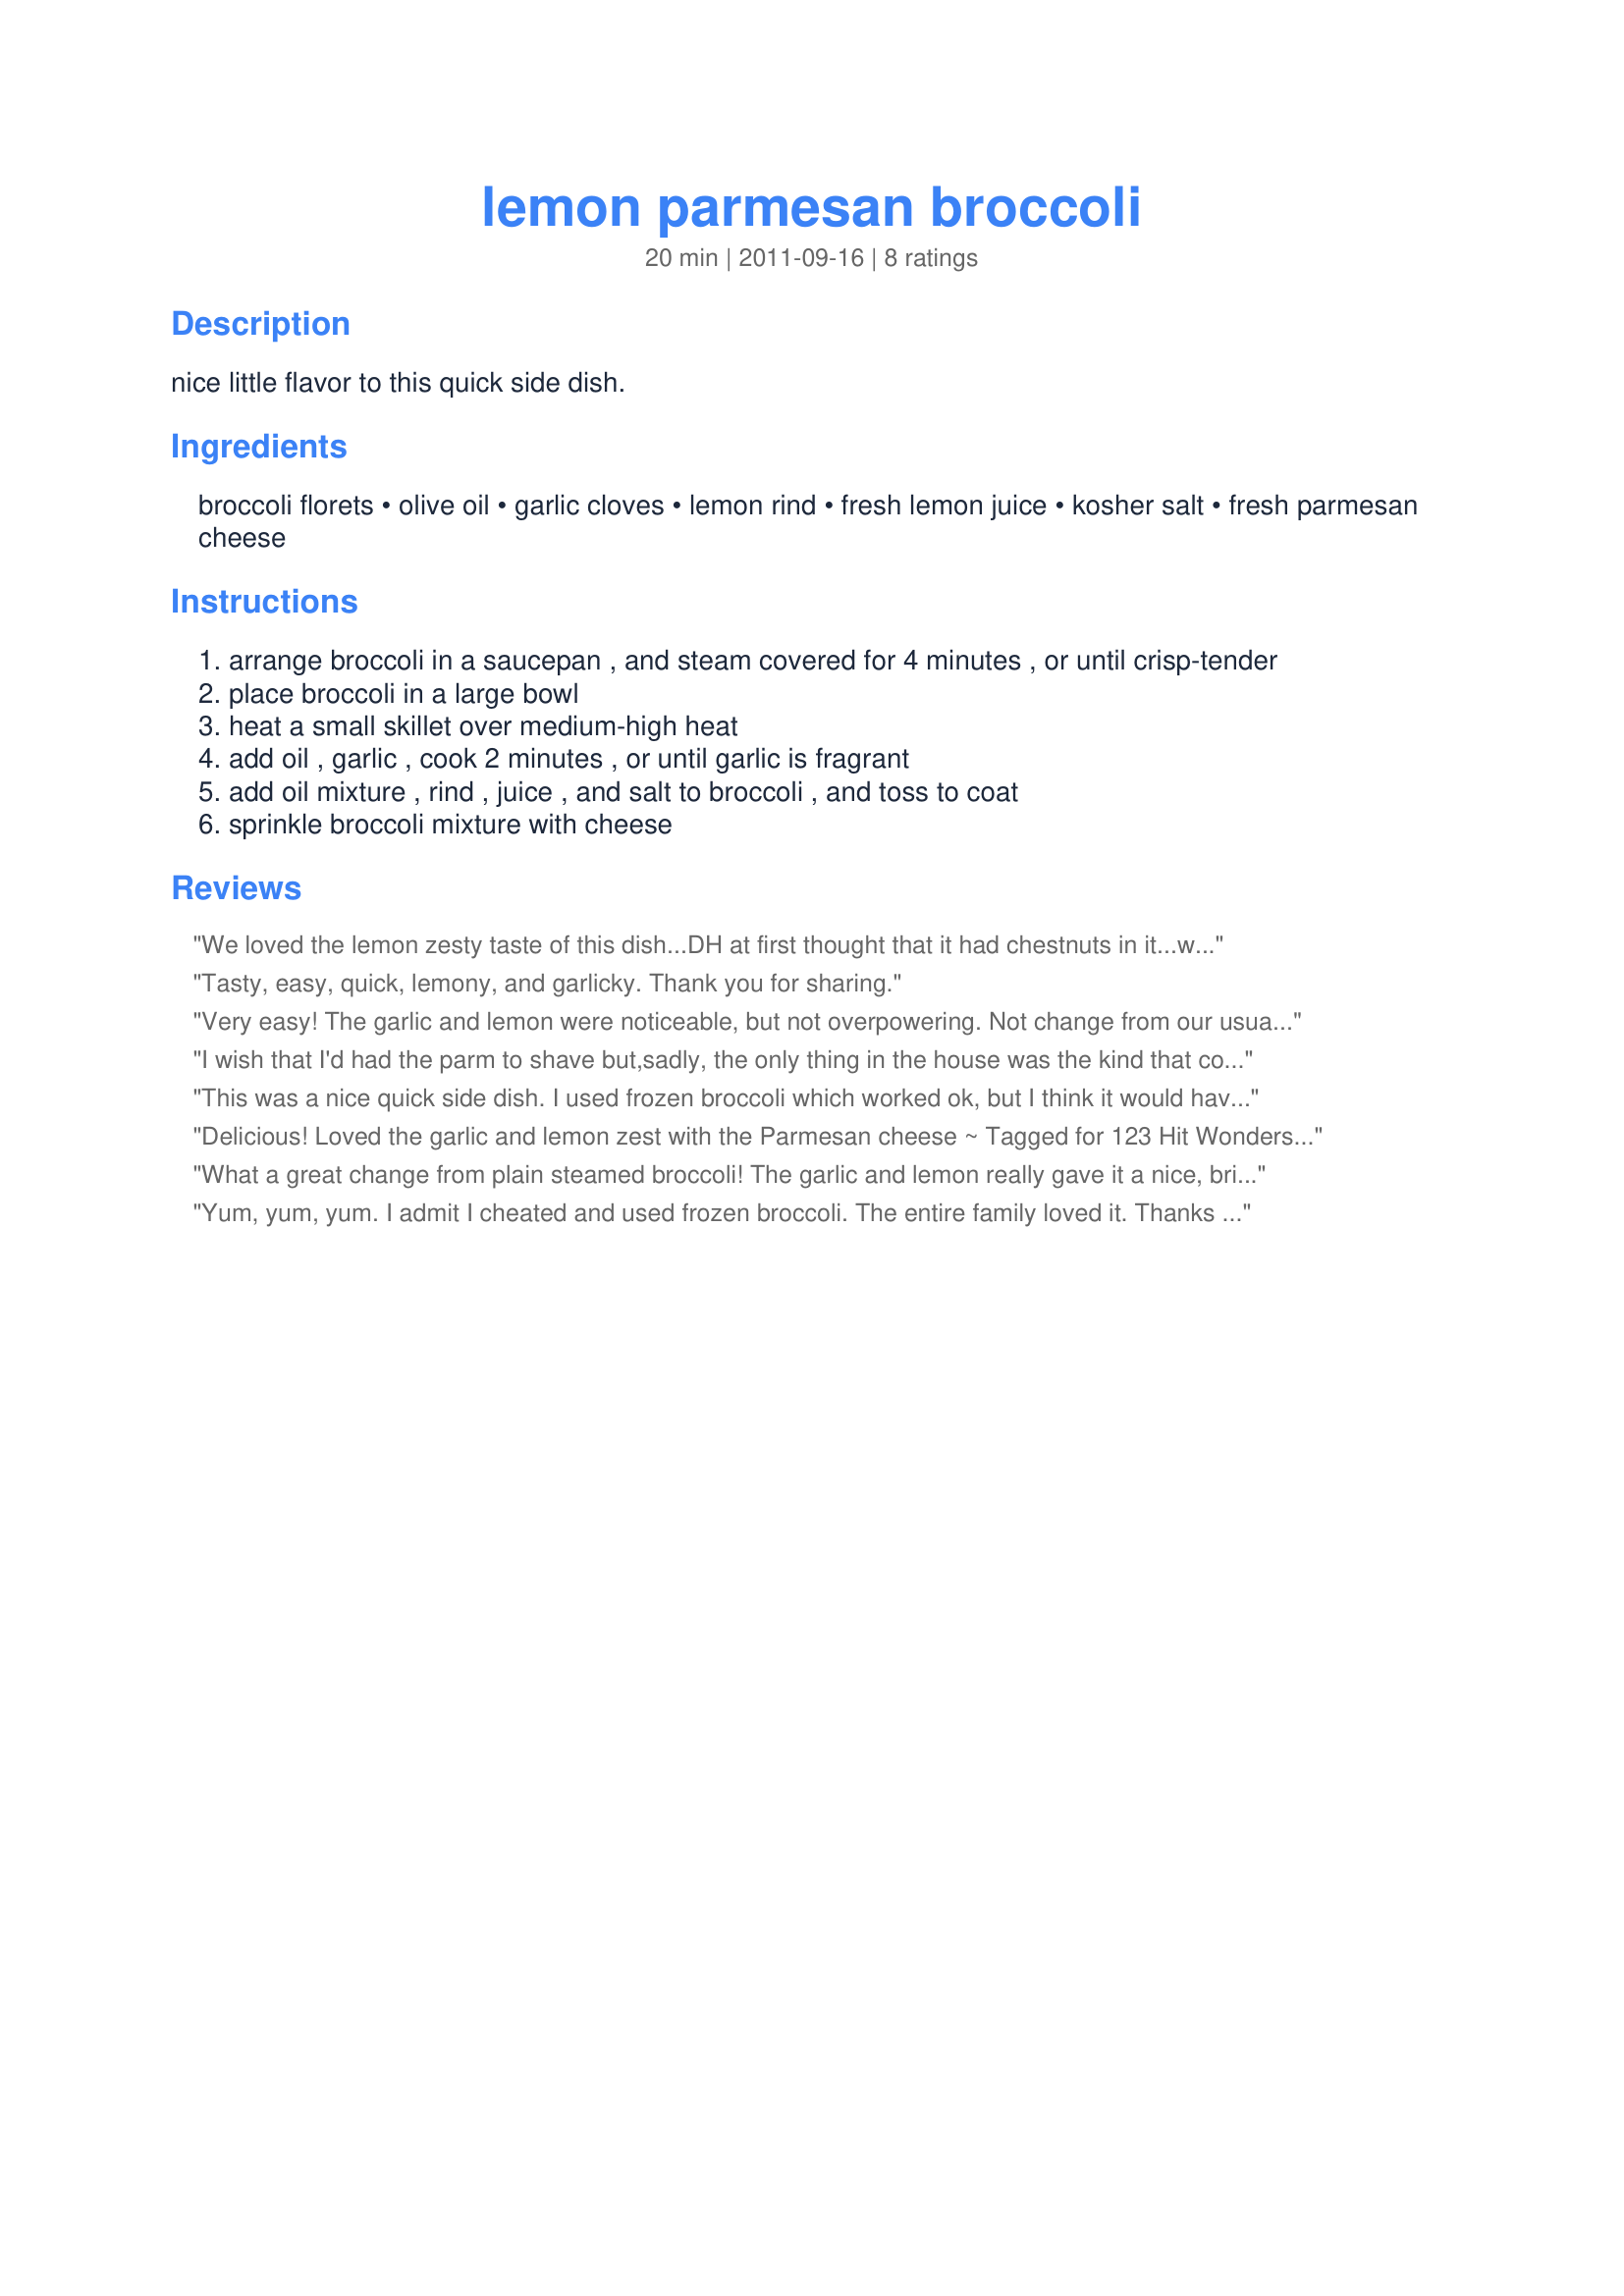
lemon parmesan broccoli
Preparation time: 20 minutes

nice little flavor to this quick side dish.

Ingredients:
broccoli florets, olive oil, garlic cloves, lemon rind, fresh lemon juice, kosher salt, fresh parmesan cheese

Steps:
arrange broccoli in a saucepan , and steam covered for 4 minutes , or until crisp-tender
place broccoli in a large bowl
heat a small skillet over medium-high heat
add oil , garlic , cook 2 minutes , or until garlic is fragrant
add oil mixture , rind , juice , and salt to broccoli , and toss to coat
sprinkle broccoli mixture with cheese

Reviews:
We loved the lemon zesty taste of this dish...DH at first thought that it had chestnuts in it...what a surprise when he had a taste of the Parmesan...he was a happy camper...this is so easy to prepare and it's quick too! It's a dish that will be made often...quick and easy...served it along side of recipe #266599 for a delicious meal...thanks for posting it...:)
Tasty, easy, quick, lemony, and garlicky. Thank you for sharing.
Very easy! The garlic and lemon were noticeable, but not overpowering. Not change from our usual steamed broccoli. Made for Best of 2012 game.
I wish that I'd had the parm to shave but,sadly, the only thing in the house was the kind that comes in a green canister. It was still delicious! Broccoli is my fav veg and this was marvelous rendition of it. The broccoli was fresh and the lemon and garlic additions really brightened it. As a bonus it was so simple to make it was ready and waiting for the chickens 20 mins in the oven to be up. This will most certainly be a repeat in my home. :D
This was a nice quick side dish. I used frozen broccoli which worked ok, but I think it would have been better with fresh. Thanks Doug for sharing another nice recipe. Made for What&#039;s on the Menu tag.
Delicious! Loved the garlic and lemon zest with the Parmesan cheese ~ Tagged for 123 Hit Wonders, August 2012.
What a great change from plain steamed broccoli! The garlic and lemon really gave it a nice, bright flavor. I love how quick this was to put together, too. The one thing I would do differently next time is to add a pinch of pepper flakes with the oil for a little spicy bite.
Yum, yum, yum. I admit I cheated and used frozen broccoli. The entire family loved it. Thanks for posting!
